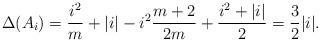
LaTeX: \begin{align*} \Delta(A_i) = \frac{i^2}{m} + |i| - i^2 \frac{m+2}{2m} + \frac{i^2 + |i|}{2} = \frac{3}{2} |i|. \end{align*}